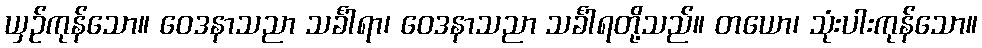
ယှဉ်ကုန်သော။ ဝေဒနာသညာ သင်္ခါရာ၊ ဝေဒနာသညာ သင်္ခါရတို့သည်။ တယော၊ သုံးပါးကုန်သော။